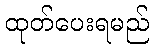
ထုတ်ပေးရမည်